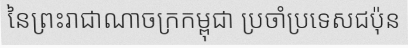
នៃព្រះរាជាណាចក្រកម្ពុជា ប្រចាំប្រទេសជប៉ុន